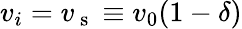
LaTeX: {v_{i}=v_{\mathrm{~s~}}\equiv v_{0}(1-\delta)}